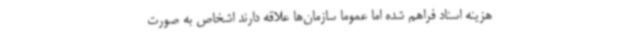
هزینه اسناد فراهم شده اما عموما سازمان‌ها علاقه دارند اشخاص به صورت